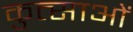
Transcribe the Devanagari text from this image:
कुत्साओं